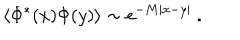
\langle \Phi ^ { * } ( x ) \Phi ( y ) \rangle \sim \mathrm { e } ^ { - M | x - y | } \ .